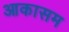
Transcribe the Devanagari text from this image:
आकासम